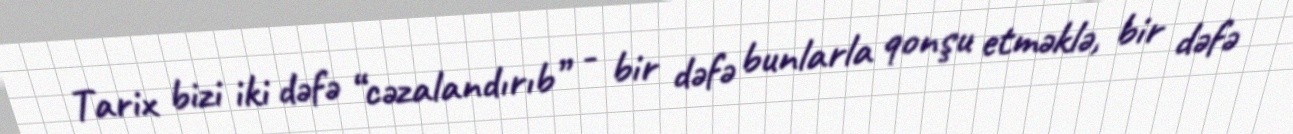
Tarix bizi iki dəfə “cəzalandırıb” - bir dəfə bunlarla qonşu etməklə, bir dəfə